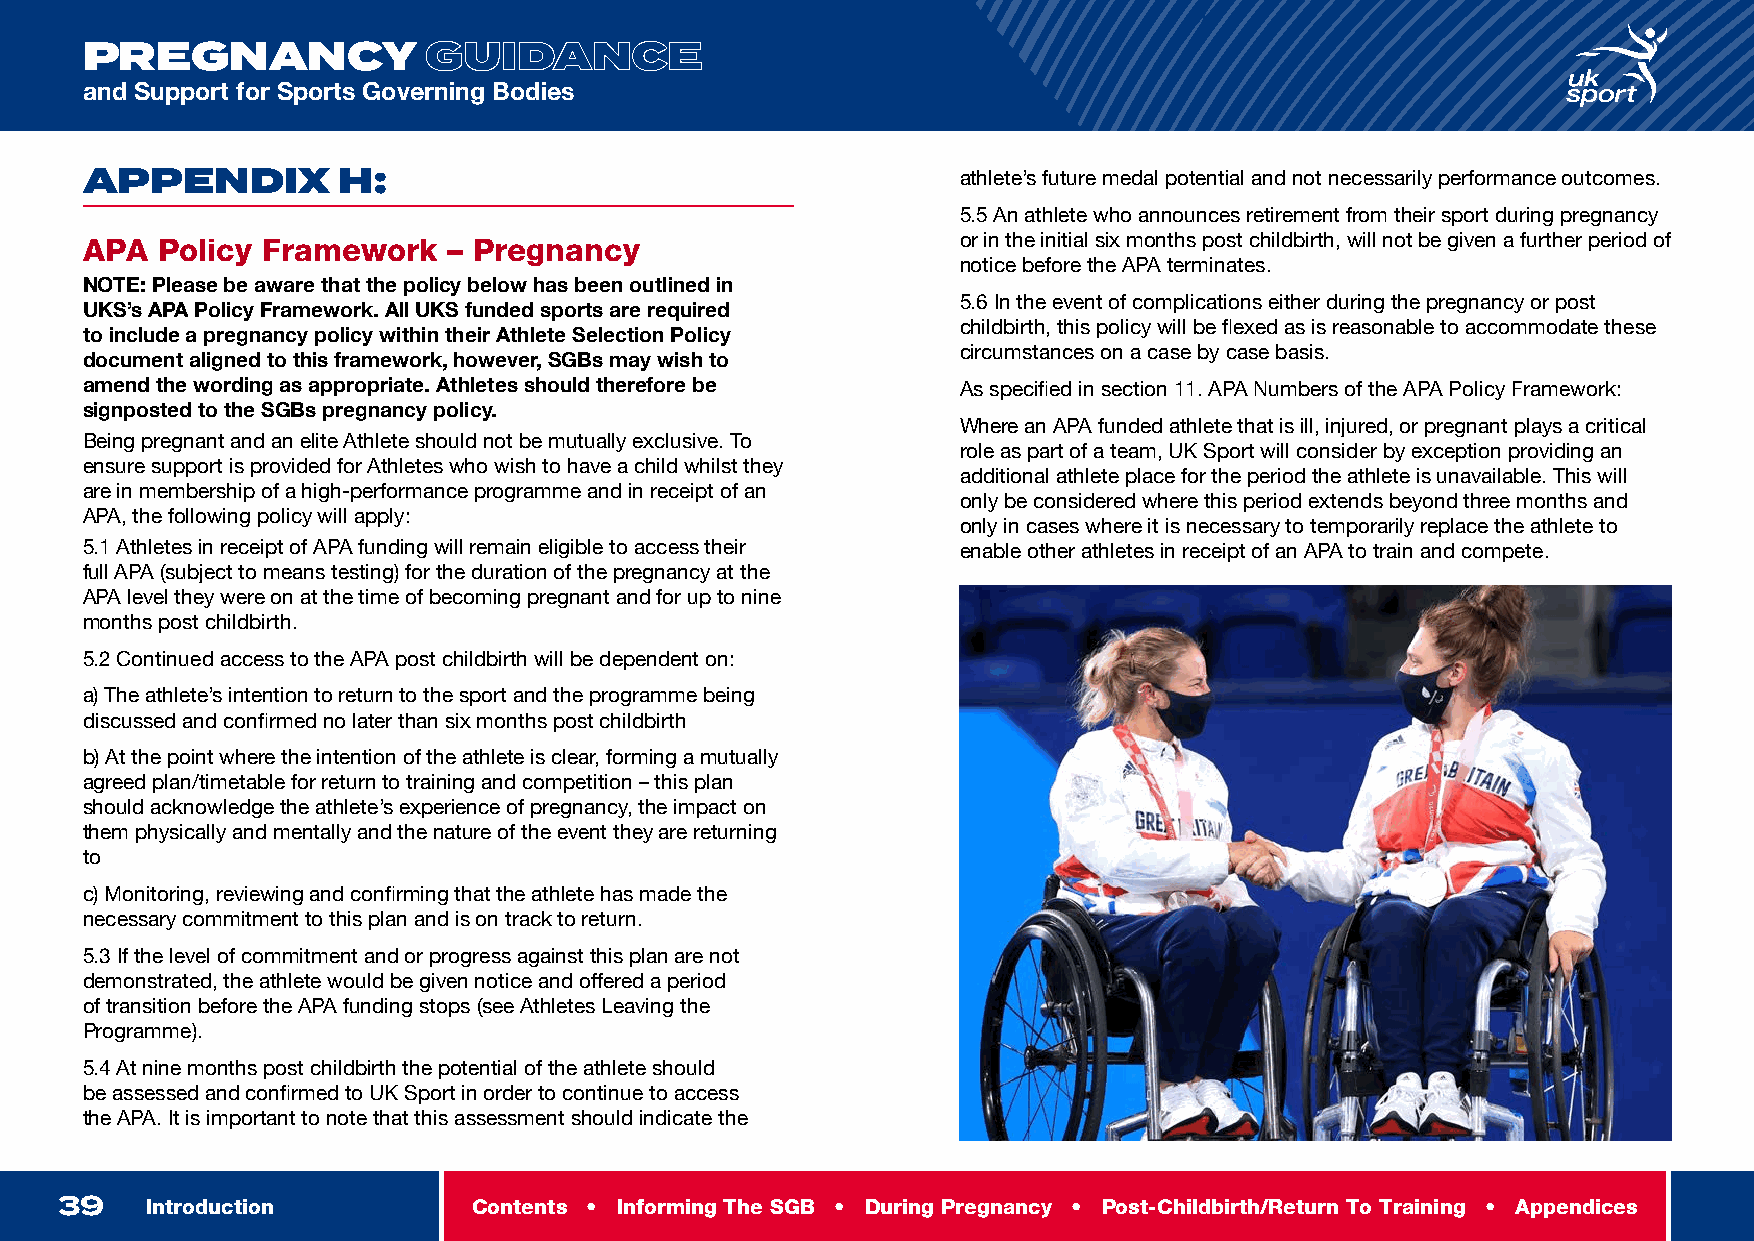
INTRODUCTION
 PREGNANCY              GUIDANCE
 and Support for Sports Governing Bodies
 APPENDIX         H:                                        athlete’s future medal potential and not necessarily performance outcomes.
 5.5 An athlete who announces retirement from their sport during pregnancy
 APA  Policy Framework    – Pregnancy                       or in the initial six months post childbirth, will not be given a further period of
 notice before the APA terminates.
 NOTE: Please be aware that the policy below has been outlined in
 5.6 In the event of complications either during the pregnancy or post
 UKS’s APA Policy Framework. All UKS funded sports are required
 childbirth, this policy will be flexed as is reasonable to accommodate these
 to include a pregnancy policy within their Athlete Selection Policy
 circumstances on a case by case basis.
 document aligned to this framework, however, SGBs may wish to
 amend the wording as appropriate. Athletes should therefore be As specified in section 11. APA Numbers of the APA Policy Framework:
 signposted to the SGBs pregnancy policy.
 Where an APA funded athlete that is ill, injured, or pregnant plays a critical
 Being pregnant and an elite Athlete should not be mutually exclusive. To
 role as part of a team, UK Sport will consider by exception providing an
 ensure support is provided for Athletes who wish to have a child whilst they
 additional athlete place for the period the athlete is unavailable. This will
 are in membership of a high-performance programme and in receipt of an
 only be considered where this period extends beyond three months and
 APA, the following policy will apply:
 only in cases where it is necessary to temporarily replace the athlete to
 5.1 Athletes in receipt of APA funding will remain eligible to access their enable other athletes in receipt of an APA to train and compete.
 full APA (subject to means testing) for the duration of the pregnancy at the
 APA level they were on at the time of becoming pregnant and for up to nine
 months post childbirth.
 5.2 Continued access to the APA post childbirth will be dependent on:
 a) The athlete’s intention to return to the sport and the programme being
 discussed and confirmed no later than six months post childbirth
 b) At the point where the intention of the athlete is clear, forming a mutually
 agreed plan/timetable for return to training and competition – this plan
 should acknowledge the athlete’s experience of pregnancy, the impact on
 them physically and mentally and the nature of the event they are returning
 to
 c) Monitoring, reviewing and confirming that the athlete has made the
 necessary commitment to this plan and is on track to return.
 5.3 If the level of commitment and or progress against this plan are not
 demonstrated, the athlete would be given notice and offered a period
 of transition before the APA funding stops (see Athletes Leaving the
 Programme).
 5.4 At nine months post childbirth the potential of the athlete should
 be assessed and confirmed to UK Sport in order to continue to access
 the APA. It is important to note that this assessment should indicate the
 39    Introduction         Contents • Informing The SGB • During Pregnancy • Post-Childbirth/Return To Training • Appendices